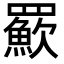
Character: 𦌸